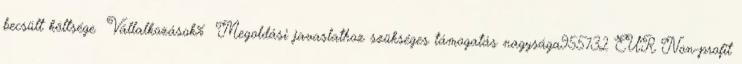
becsült költsége ▪Vállalkozások% ▪Megoldási javaslathoz szükséges támogatás nagysága955732 EUR▪Non-profit